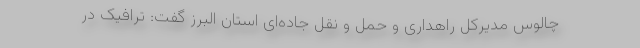
چالوس مدیرکل راهداری و حمل و نقل جاده‌ای استان البرز گفت: ترافیک در